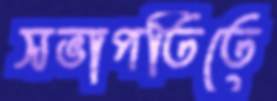
সভাপতিতে